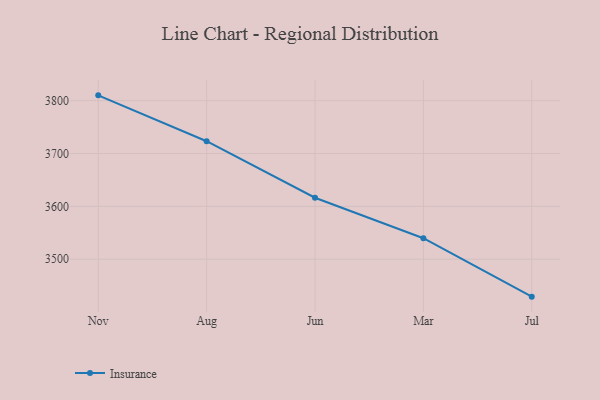
{"axis": {"x": "Month", "y": "Shipments"}, "legend": ["Insurance"], "data": [{"x": "Nov", "y": 3810.0, "type": "Insurance"}, {"x": "Aug", "y": 3723.2, "type": "Insurance"}, {"x": "Jun", "y": 3616.3, "type": "Insurance"}, {"x": "Mar", "y": 3539.7, "type": "Insurance"}, {"x": "Jul", "y": 3429.2, "type": "Insurance"}]}